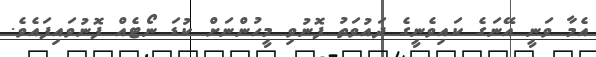
އެމާ ވަނީ އޭނަގެ ކައިވެނީގެ ދައުވަތު ފޮނުވި މީހުންނަށް ކުޑަ ނޯޓެއް ފޮނުވައިފައެވެ.